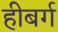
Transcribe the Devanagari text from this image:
हीबर्ग